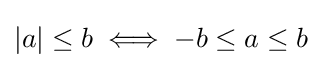
|a|\leq b\iff -b\leq a\leq b